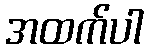
အထက်ပါ